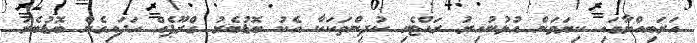
އަރަބިއްޔާގައި ކިޔަވަން އުޅުނުއިރު ރައްޓެހި ކުދިންތަކަކާ އެކު ބޮޑުބެރު ގްރޫޕެއް ހަދައިގެން ބޮޑުބެރު